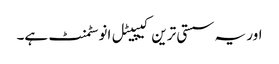
اور یہ سستی ترین کیپیٹل انوسٹمنٹ ہے۔